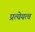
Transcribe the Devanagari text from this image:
प्रत्येयत्व